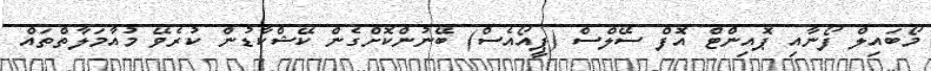
މޯބައިލް ފޯނާއި ޕޮއިންޓް އޮފް ސޭލްސް (ޕީއޯއެސް) ބޭނުންކޮށްގެން ކޭޝްކާޑުން ކުރެވޭ މުއާމަލާތްތައް